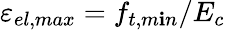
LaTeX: \varepsilon_{el,max}=f_{t,m\mathbf{i}n}/E_{c}